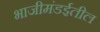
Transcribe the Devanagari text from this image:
भाजीमंडईतील